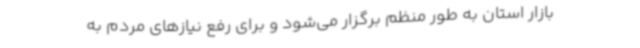
بازار استان به طور منظم برگزار می‌شود و برای رفع نیازهای مردم به